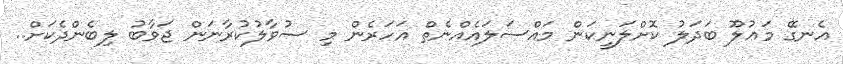
އެނގޭ މަޢުލޫ ބަދަލު ކޮށްލަނީކަން މައްސަލައެއްނެތް އަހަރެން މި ސުވާލުކުރާނަން ޖަވާބު ލިބެންދެކަށް..